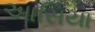
આસિયા